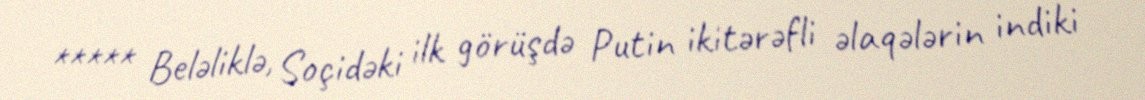
***** Beləliklə, Soçidəki ilk görüşdə Putin ikitərəfli əlaqələrin indiki